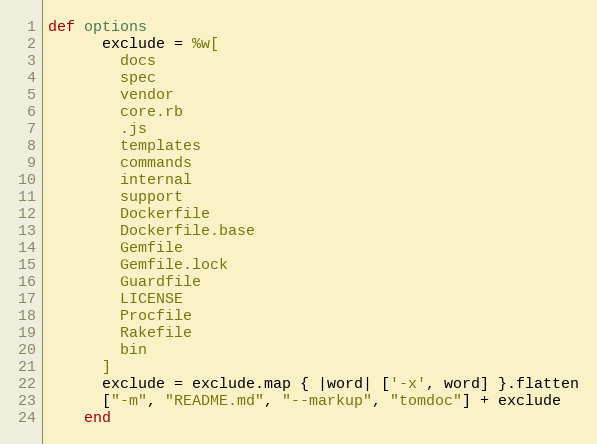
Language: Ruby
def options
      exclude = %w[
        docs
        spec
        vendor
        core.rb
        .js
        templates
        commands
        internal
        support
        Dockerfile
        Dockerfile.base
        Gemfile
        Gemfile.lock
        Guardfile
        LICENSE
        Procfile
        Rakefile
        bin
      ]
      exclude = exclude.map { |word| ['-x', word] }.flatten
      ["-m", "README.md", "--markup", "tomdoc"] + exclude
    end